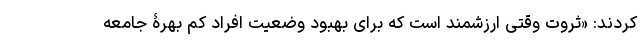
کردند: «ثروت وقتی ارزشمند است که برای بهبود وضعیت افراد کم بهرۀ جامعه